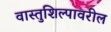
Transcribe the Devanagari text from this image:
वास्तुशिल्पावरील